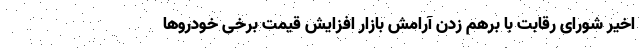
اخیر شورای رقابت با برهم زدن آرامش بازار افزایش قیمت برخی خودرو‌ها